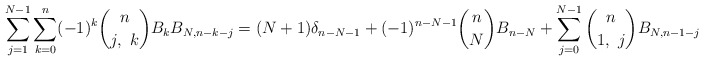
\begin{align*}\sum_{j=1}^{N-1}\sum_{k=0}^n (-1)^k \binom{n}{j, \ k} B_kB_{N,n-k-j} = (N+1)\delta_{n-N-1} +(-1)^{n-N-1} \binom{n}{N}B_{n-N} + \sum_{j=0}^{N-1} \binom{n}{1, \ j} B_{N,n-1-j} \end{align*}